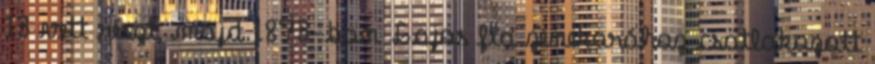
13 vett részt, majd 1873-ban Lajos fia zenekarához csatlakozott